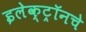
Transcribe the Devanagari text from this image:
इलेक्ट्रॉनचे